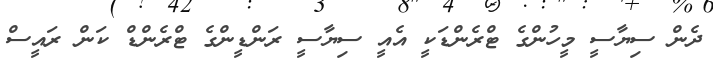
ދެން ސިޔާސީ މީހުންގެ ޓްރެންޑަކީ އެއީ ސިޔާސީ ރަންޑީންގެ ޓްރެންޑް ކަން ރައީސް